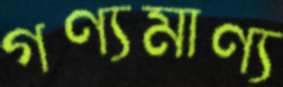
গণ্যমাণ্য